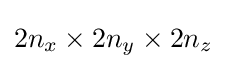
2n_{x}\times 2n_{y}\times 2n_{z}